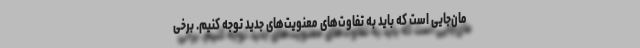
مان‌جایی است که باید به تفاوت‌های معنویت‌های جدید توجه کنیم. برخی